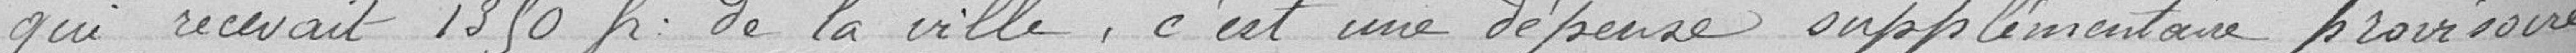
qui recevait 1350 francs de la ville, c'est une dépense supplémentaire provisoire